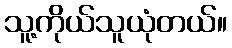
သူ့ကိုယ်သူယုံတယ်။